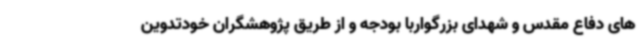
های دفاع مقدس و شهدای بزرگواربا بودجه و از طریق پژوهشگران خودتدوین